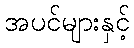
အပင်များနှင့်